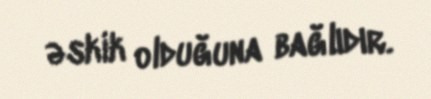
əskik olduğuna bağlıdır.